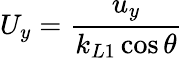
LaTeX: U_{y}=\frac{u_{y}}{k_{L1}\cos\theta}